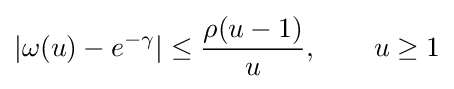
|\omega (u)-e^{-\gamma }|\leq {\frac {\rho (u-1)}{u}},\qquad u\geq 1